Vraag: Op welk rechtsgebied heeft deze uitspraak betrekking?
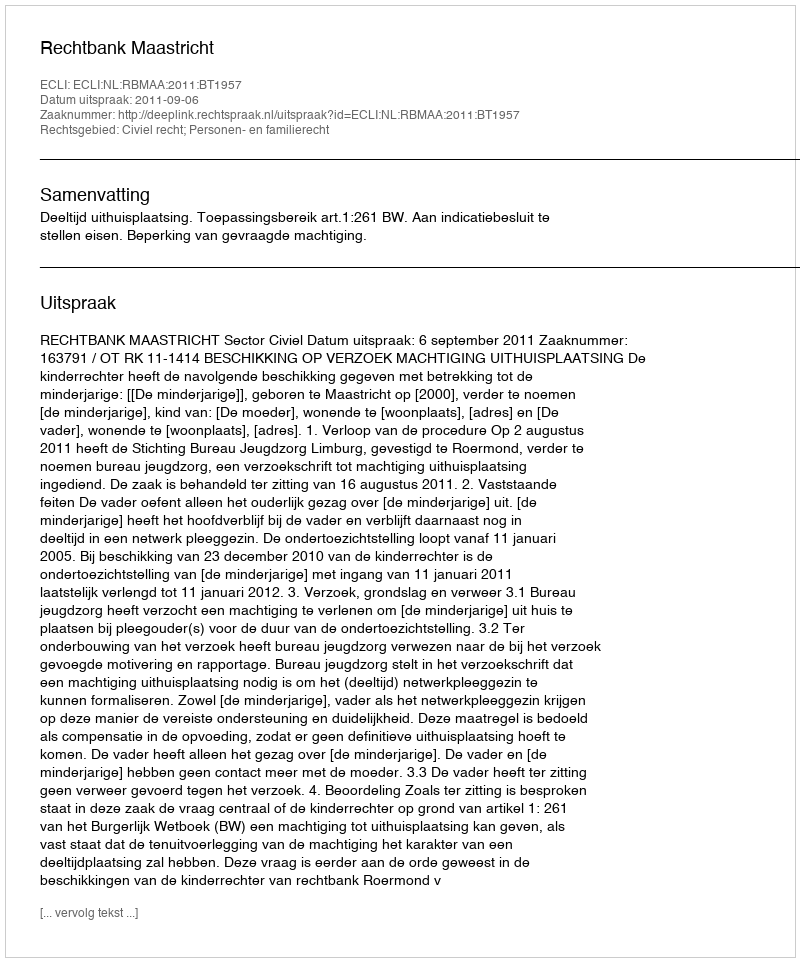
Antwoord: Civiel recht; Personen- en familierecht